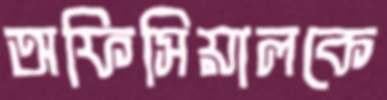
অফিসিয়ালকে